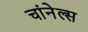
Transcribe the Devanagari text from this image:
चांनेल्स